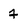
Character: 4